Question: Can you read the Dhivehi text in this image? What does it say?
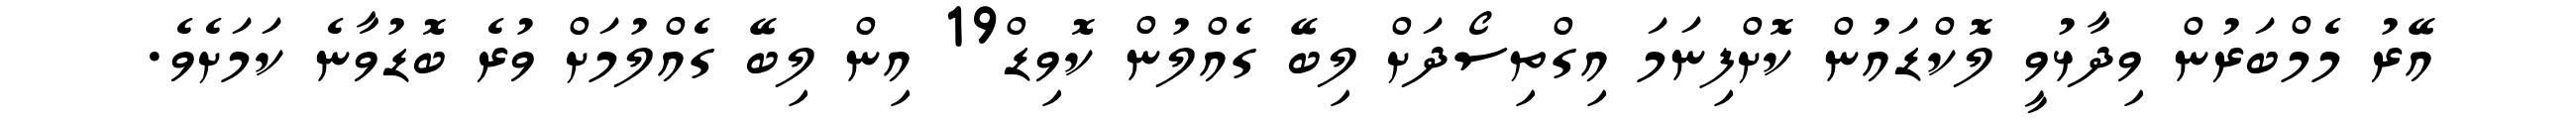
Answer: އޭރު މެމްބަރުން ވިދާޅުވީ ލޮކްޑައުން ކޮށްފިނަމަ އިގްތިސޯދަށް ލިބޭ ގެއްލުން ކޮވިޑް19 އިން ލިބޭ ގެއްލުމަށް ވުރެ ބޮޑުވާނެ ކަމަށެވެ.